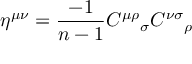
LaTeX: \eta ^ { \mu \nu } = \frac { - 1 } { n - 1 } { C ^ { \mu \rho } } _ { \sigma } { C ^ { \nu \sigma } } _ { \rho }